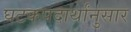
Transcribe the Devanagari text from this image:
घटकपदार्थांनुसार